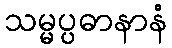
သမ္မပ္ပဓာနာနံ